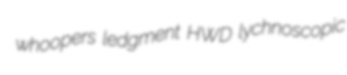
whoopers ledgment HWD lychnoscopic